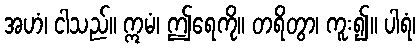
အဟံ၊ ငါသည်။ ဣမံ၊ ဤရေကို။ တရိတွာ၊ ကူး၍။ ပါရံ၊